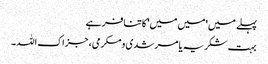
پہلے میں 'میں میں' کا تنافر ہے
بہت شکریہ یا مرشدی و مکرمی، جزاک اللہ۔